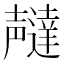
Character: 𫯇